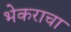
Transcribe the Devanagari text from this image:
भेकराचा